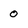
Character: 0